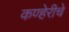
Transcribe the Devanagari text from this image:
कण्हेरीचे